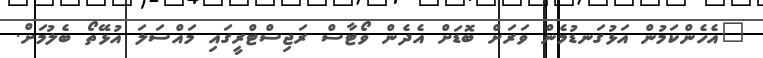
"އެހެންކަމުން އަޅުގަނޑުމެން ވަރަށް ބޮޑަށް އެދެން ވޯޓާސް ރަޖިސްޓްރީގައި މައްސަލަ އުޅޭތޯ ބެލުމަށް.